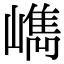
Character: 𡼕